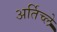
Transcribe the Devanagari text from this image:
अर्तिच्ले